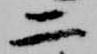
二